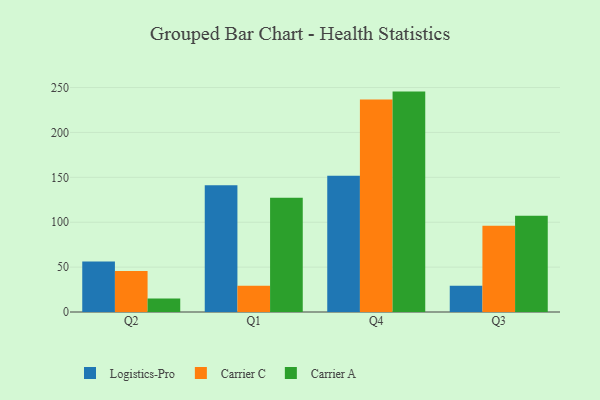
{"axis": {"x": "Quarter", "y": "Energy Usage (MWh)"}, "legend": ["Carrier A", "Carrier C", "Logistics-Pro"], "data": [{"x": "Q2", "y": 56.2, "type": "Logistics-Pro"}, {"x": "Q2", "y": 45.8, "type": "Carrier C"}, {"x": "Q2", "y": 14.9, "type": "Carrier A"}, {"x": "Q1", "y": 141.3, "type": "Logistics-Pro"}, {"x": "Q1", "y": 29.2, "type": "Carrier C"}, {"x": "Q1", "y": 127.3, "type": "Carrier A"}, {"x": "Q4", "y": 151.7, "type": "Logistics-Pro"}, {"x": "Q4", "y": 236.8, "type": "Carrier C"}, {"x": "Q4", "y": 245.5, "type": "Carrier A"}, {"x": "Q3", "y": 29.2, "type": "Logistics-Pro"}, {"x": "Q3", "y": 96.2, "type": "Carrier C"}, {"x": "Q3", "y": 107.3, "type": "Carrier A"}]}